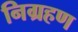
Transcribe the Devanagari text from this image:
निग्रहण